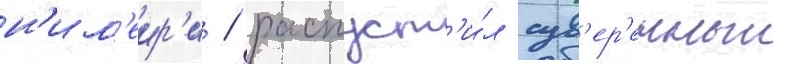
н'им'еир'и / распуст'и́л сув'ер'енныи